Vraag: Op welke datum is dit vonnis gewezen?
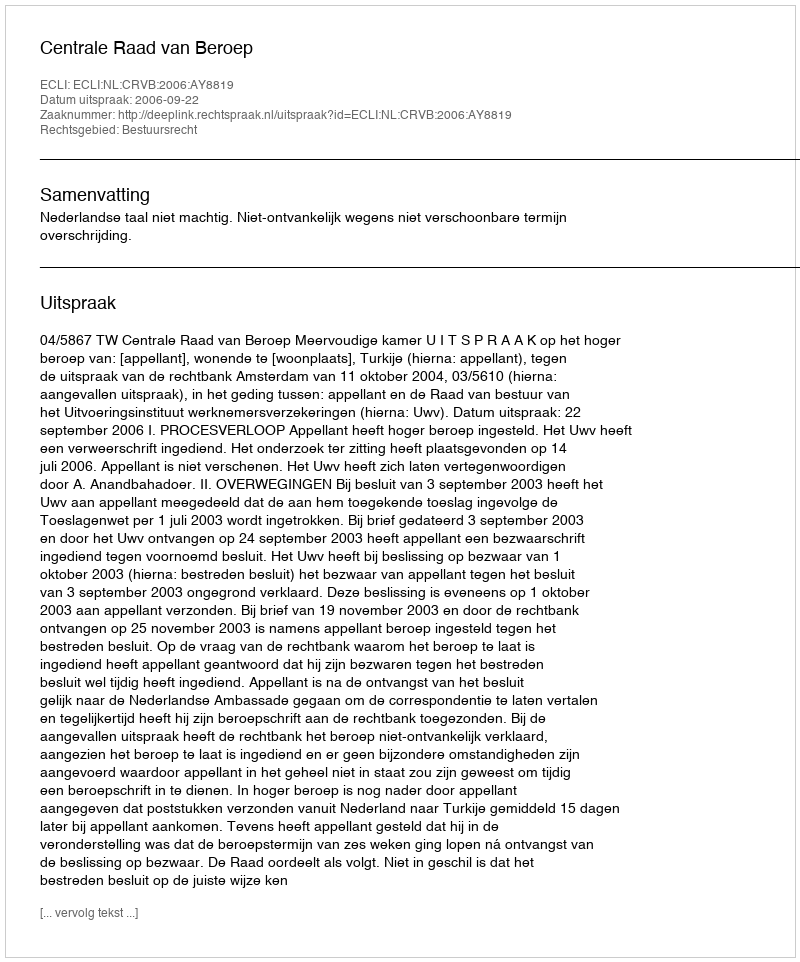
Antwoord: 2006-09-22